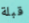
قبلة